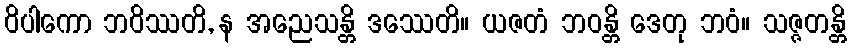
ဝိပါကော ဘဝိဿတိ, န အညေသန္တိ ဒဿေတိ။ ယဇတံ ဘဝန္တိ ဒေတု ဘဝံ။ သဇ္ဇတန္တိ